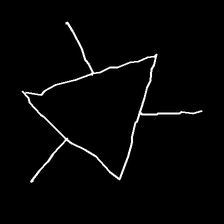
Glyph: fire